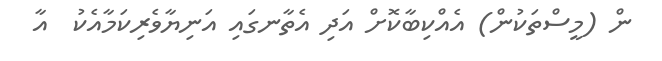
ން (މީސްތަކުން) އެއްކިބާކޮށް އަދި އެތާނގައި އަނިޔާވެރިކަމާއެކު  އާ